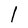
Character: 1